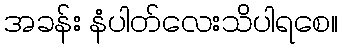
အခန်း နံပါတ်လေးသိပါရစေ။